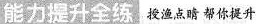
能力提升全练 授渔点睛帮你提升